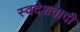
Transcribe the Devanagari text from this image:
स्वदेशवादी